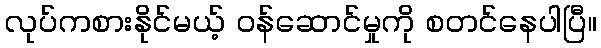
လုပ်ကစားနိုင်မယ့် ဝန်ဆောင်မှုကို စတင်နေပါပြီ။